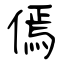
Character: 傿